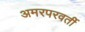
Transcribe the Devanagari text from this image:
अमरपरवर्ती